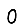
Digit: 0